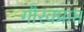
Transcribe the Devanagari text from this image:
गौरवप्राप्त